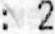
: 2